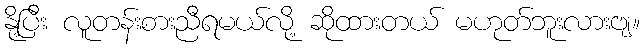
နို့ပြီး လူတန်းစားညီရမယ်လို့ ဆိုထားတယ် မဟုတ်ဘူးလားဗျ။